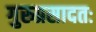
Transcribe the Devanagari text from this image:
गुरुप्रसादतः